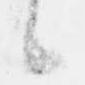
候